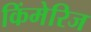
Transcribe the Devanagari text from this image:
किंमेरिज